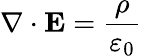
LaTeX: \nabla\cdot\mathbf{E}={\frac{\rho}{\varepsilon_{0}}}